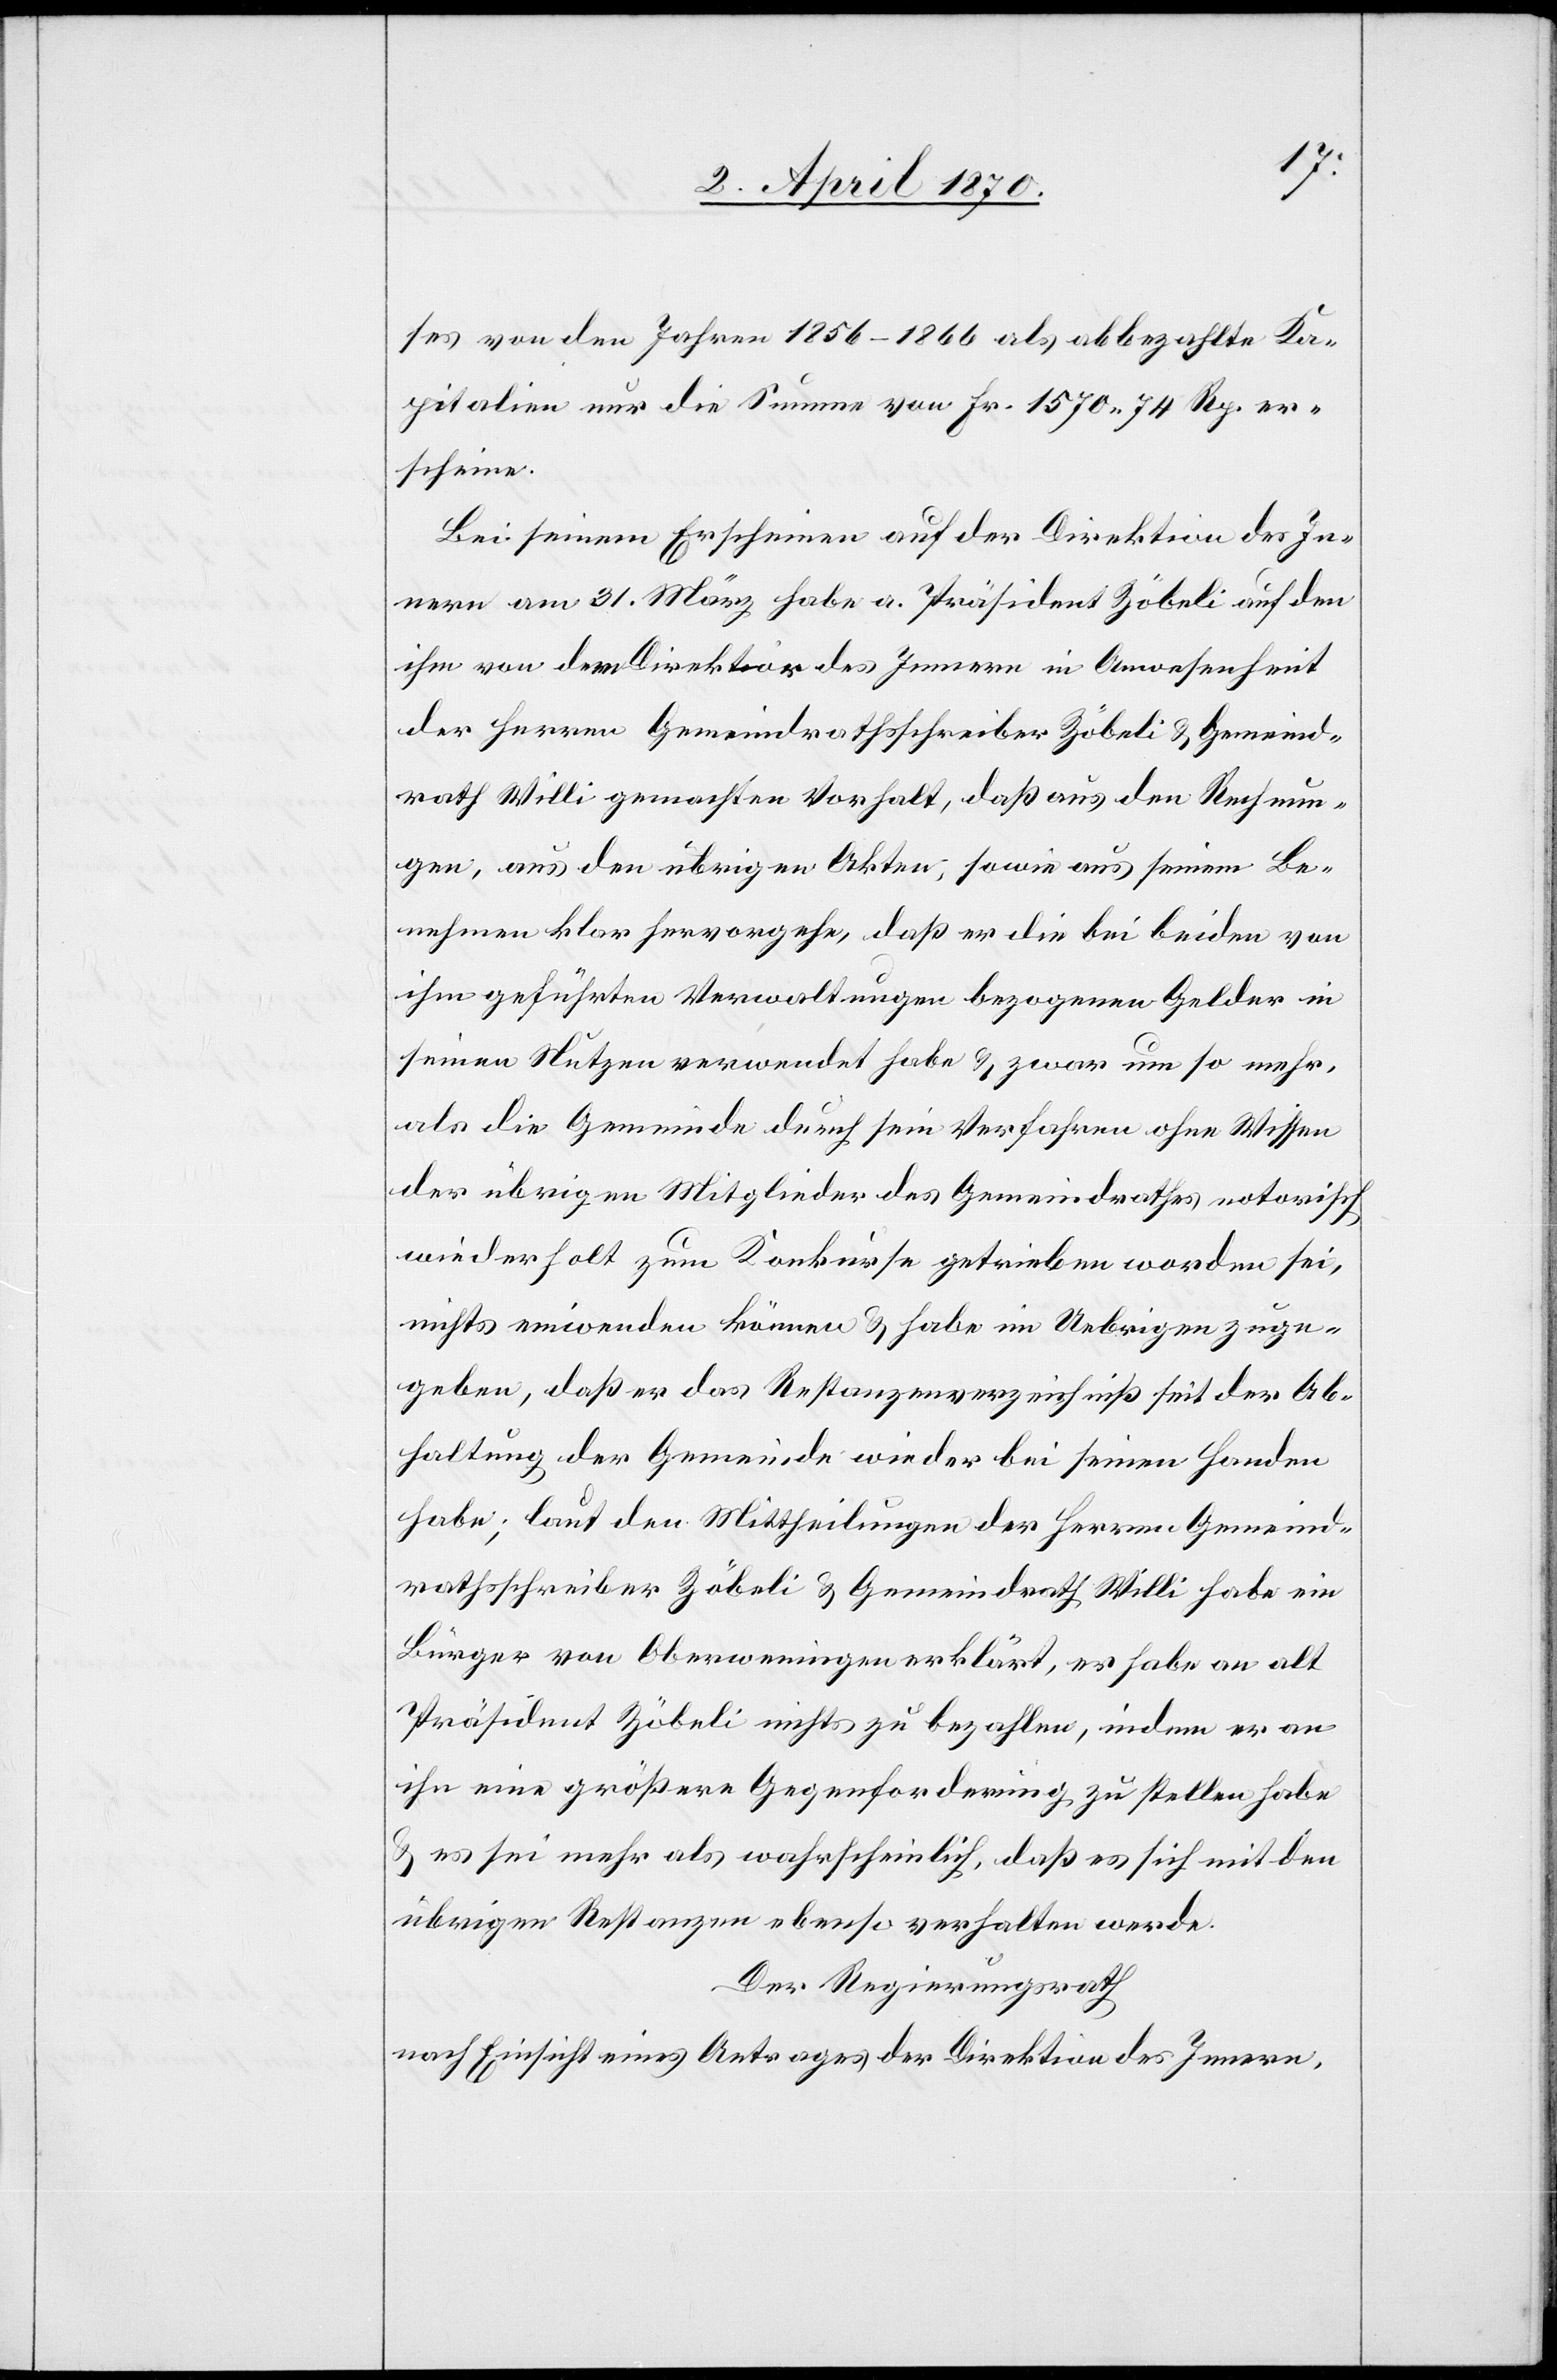
ses von den Jahren 1856–1866 als abbezahlte Ka¬
pitalien nur die Summe von Fr. 1570. 74 Rp. er¬
scheine.
Bei seinem Erscheinen auf der Direktion des In¬
nern am 31. März habe a. Präsident Zöbeli auf den
ihm von der Direktion des Innern in Anwesenheit
der Herren Gemeindrathsschreiber Zöbeli & Gemeind¬
rath Willi gemachten Vorhalt, daß aus den Rechnun¬
gen, aus den übrigen Akten, sowie aus seinem Be¬
nehmen klar hervorgehe, daß er die bei beiden von
ihm geführten Verwaltungen bezogenen Gelder in
seinen Nutzen verwendet habe & zwar um so mehr,
als die Gemeinde durch sein Verfahren ohne Wissen
der übrigen Mitglieder des Gemeindrathes notorisch
wiederholt zum Konkurse getrieben worden sei,
nichts einwenden können & habe im Uebrigen zuge¬
geben, daß er das Restanzenverzeichniß seit der Ab¬
haltung der Gemeinde wieder bei seinen Handen
habe; laut den Mittheilungen der Herren Gemeind¬
rathsschreiber Zöbeli & Gemeindrath Willi habe ein
Bürger von Oberweningen erklärt, er habe an alt
Präsident Zöbeli nichts zu bezahlen, indem er an
ihn eine größere Gegenforderung zu stellen habe
& es sei mehr als wahrscheinlich, daß es sich mit den
übrigen Restanzen ebenso verhalten werde.
Der Regierungsrath
nach Einsicht eines Antrages der Direktion des Innern,